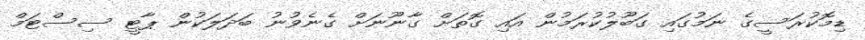
ޑިމޮކުރަސީގެ ނަމުގައި ގަބޫލުކުރަމުން އައި ގޮތަށް ގާނޫނަށް ގެނެވުނު ބަދަލަކުން ޕާޓީ ސިސްޓަމް